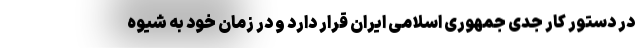
در دستور کار جدی جمهوری اسلامی ایران قرار دارد و در زمان خود به شیوه